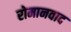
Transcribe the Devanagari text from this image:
रोमानवाद